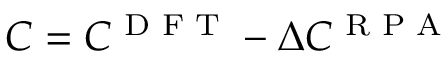
C = C \sp { \textnormal { D F T } } - \Delta C \sp { \textnormal { R P A } }